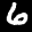
Label: 6